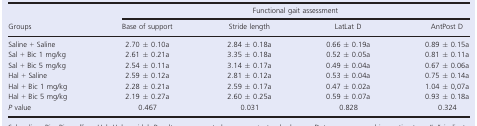
<table><thead><tr><td rowspan="2"><b>Groups</b></td><td colspan="4"><b>Functional gait assessment</b></td></tr><tr><td><b>Base of support</b></td><td><b>Stride length</b></td><td><b>LatLat D</b></td><td><b>AntPost D</b></td></tr></thead><tbody><tr><td>Saline + Saline</td><td>2.70 ± 0.10a</td><td>2.84 ± 0.18a</td><td>0.66 ± 0.19a</td><td>0.89 ± 0.15a</td></tr><tr><td>Sal + Bic 1 mg/kg</td><td>2.61 ± 0.21a</td><td>3.35 ± 0.18a</td><td>0.52 ± 0.05a</td><td>0.81 ± 0.11a</td></tr><tr><td>Sal + Bic 5 mg/kg</td><td>2.54 ± 0.11a</td><td>3.14 ± 0.17a</td><td>0.49 ± 0.04a</td><td>0.67 ± 0.06a</td></tr><tr><td>Hal + Saline</td><td>2.59 ± 0.12a</td><td>2.81 ± 0.12a</td><td>0.53 ± 0.04a</td><td>0.75 ± 0.14a</td></tr><tr><td>Hal + Bic 1 mg/kg</td><td>2.28 ± 0.21a</td><td>2.59 ± 0.17a</td><td>0.47 ± 0.02a</td><td>1.04 ± 0,07a</td></tr><tr><td>Hal + Bic 5 mg/kg</td><td>2.19 ± 0.27a</td><td>2.60 ± 0.25a</td><td>0.59 ± 0.07a</td><td>0.93 ± 0.18a</td></tr><tr><td><i>P</i> value</td><td>0.467</td><td>0.031</td><td>0.828</td><td>0.324</td></tr></tbody></table>